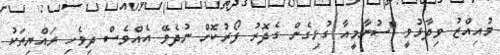
މުއިއްޒު ވިދާޅުވީ "ސުނާމީއާ ގުޅިގެން ގެދޮރު ފޯރުކޮށް ނުދެވޭ އެއްވެސް ދިވެހި ރައްޔިތަކު